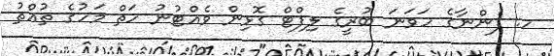
ހ. ފެންނާގެ ހަވަނަ ބުރީގެ ލިފްޓް ގޮޅިން ވެއްޓުނު ހަތް މަހުގެ ތުއްތު